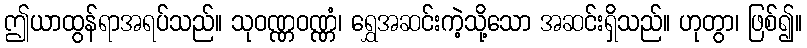
ဤယာထွန်ရာအရပ်သည်။ သုဝဏ္ဏဝဏ္ဏံ၊ ရွှေအဆင်းကဲ့သို့သော အဆင်းရှိသည်။ ဟုတွာ၊ ဖြစ်၍။